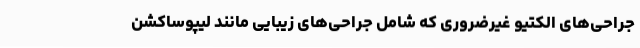
جراحی‌های الکتیو غیرضروری که شامل جراحی‌های زیبایی مانند لیپوساکشن